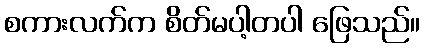
စကားလက်က စိတ်မပါ့တပါ ဖြေသည်။